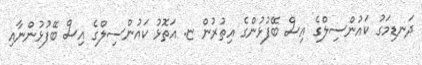
ދަނޑިމަގު ކައުންސިލްގެ އިސް ބޭފުޅުންގެ އިތުރުން ޏ. އަތޮޅު ކައުންސިލްގެ އިސް ބޭފުޅުންނާއި